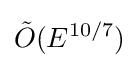
{\tilde {O}}(E^{10/7})